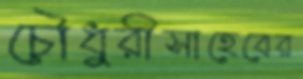
চৌধুরীসাহেবের